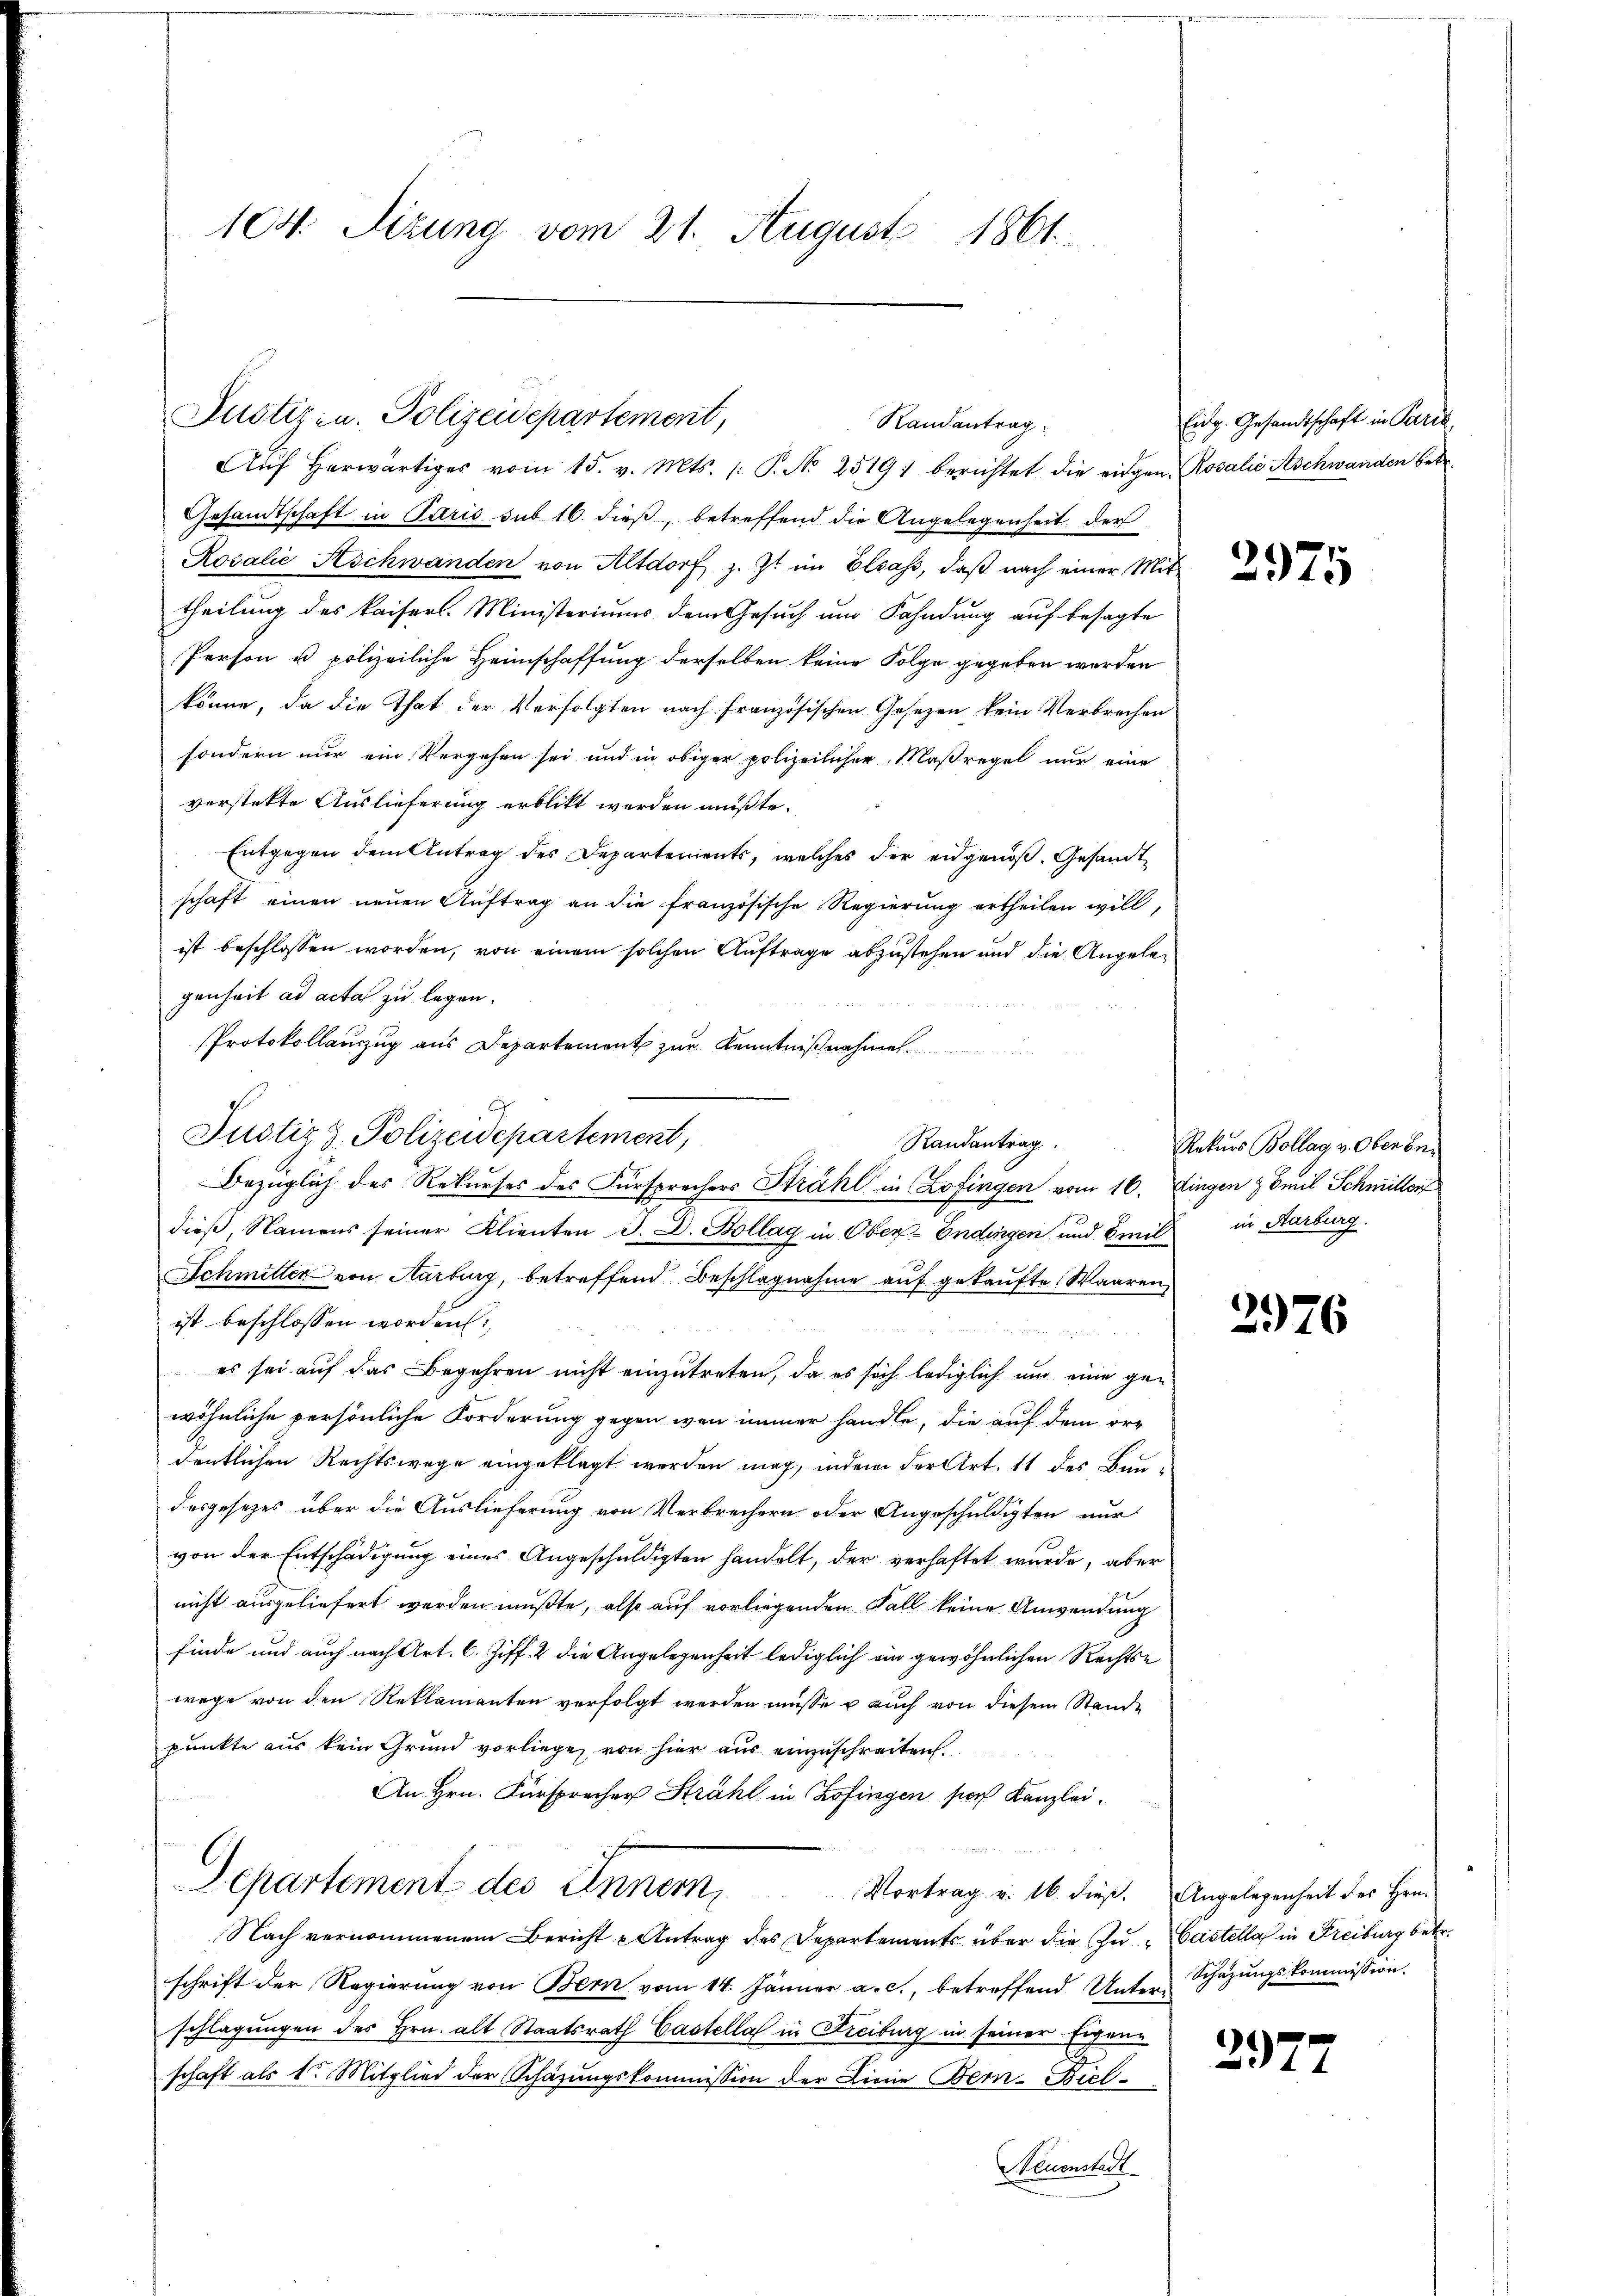
104. Sizung vom 21. August 1861.

Pustiz- u. Polizeidepartement,
Randantrag

Aŭf herwärtiges vom 15. v. Mts. /: P. No 2519) berichtet die eidgen. Rosalić Aschwanden betr.
Gesandtschaft in Paris sub 16. dieß, betreffend die Angelegenheit der
Rosalie Aschwanden von Altdorf z. Zt. im Elsass, daβ nach einer Mit-
theilung des kaisers. Ministeriums dem Gesuch um Fahndung auf besagte
Person u. polizeiliche Heimschaffung derselben keine Folge gegeben werden
könne, da die That der Verfolgten nach französischen Gesezen kein Verbrechen
sondern nur ein Vergehen sei und in obiger polizeilicher Maßregel nur eine
verstekte Auslieferung erblickt werden müßte.
Entgegen dem Antrag des Departements, welches der eidgenoß. Gesandtschaft einen neuen Auftrag an die französische Regierung ertheilen will,
ist beschlossen worden, von einem solchen Auftrage abzustehen und die Angelegenheit ad acta zu legen.
Protokollauszug aus Departement zur Kenntnißnahme
dieß, Namens seiner Klienten J. D. Bollag in Ober-Endingen und Emil in Karburg.
Schmitten von Aarburg, betreffend Beschlagnahme auf gekaufte Waaren
ist beschlossen worden:

es sei auf das Begehren nicht einzutreten, da es sich lediglich und eine gewöhnliche persönliche Forderung gegen wenn immer handle, die auf dem ordentlichen Rechtswege eingeklagt werden mag, indem der Art. 11 des Bau-
desgesezes über die Auslieferung von Verbrechern oder Angeschuldigten nur
von der Entschädigung eines Angeschuldigten handelt, der verhaftet wurde, aber
nicht ausgeliefert werden mußte, also auf vorliegenden Fall keine Anwendung
finde und auch nach Art. 6. Ziff. 2 die Angelegenheit lediglich ein gewöhnlichen Rechtse
wege von den Reklamanten verfolgt werden müsse u auch von diesem Stande
punkte aus kein Grund vorliege, von hier aus einzuschreiten.
An Hrn. Fürsprecher Strahl in Zofingen sors Kanzlei¬
Departement des Innern,
Vortrag v. 16. dieß.
Nach vernommenem Bericht u Antrag des Departements über die zu Gastella in Freiburg betr.
schrift der Regierung von Bern vom 14. Jänner a. c., betreffend Unter-Schazungskommission.
schlagungen des Hrn. alt Staatsrath Castella in Freiburg in seiner Eigene
schaft als 1. Mitglied der Schäzŭngskommission der Linie Bern-Biel-
Neuenstadt

Justiz & Polizeidepartement,
Randantrag.
Bezüglich des Rekurses des Fürsprachers Strahl in Zofingen vom 16. Dingen z Emil Schmitter

Eidg. Gesandtschaft in Paris,

2975

Rekurs Bollag v. Oben be¬

2976

Angelegenheit des Hrn.

2977